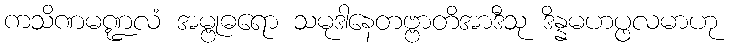
ကသိဏမဏ္ဍလံ အမ္ဗုဓရော သမုဒါနေတဗ္ဗာတိအာဒီသု ဒိန္နမဟပ္ဖလမာဟု